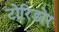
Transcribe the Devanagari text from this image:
टोरिडोर